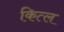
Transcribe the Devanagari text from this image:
कित्ल